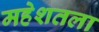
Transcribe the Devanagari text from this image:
महेशतला